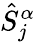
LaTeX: \hat{S}_{j}^{\alpha}